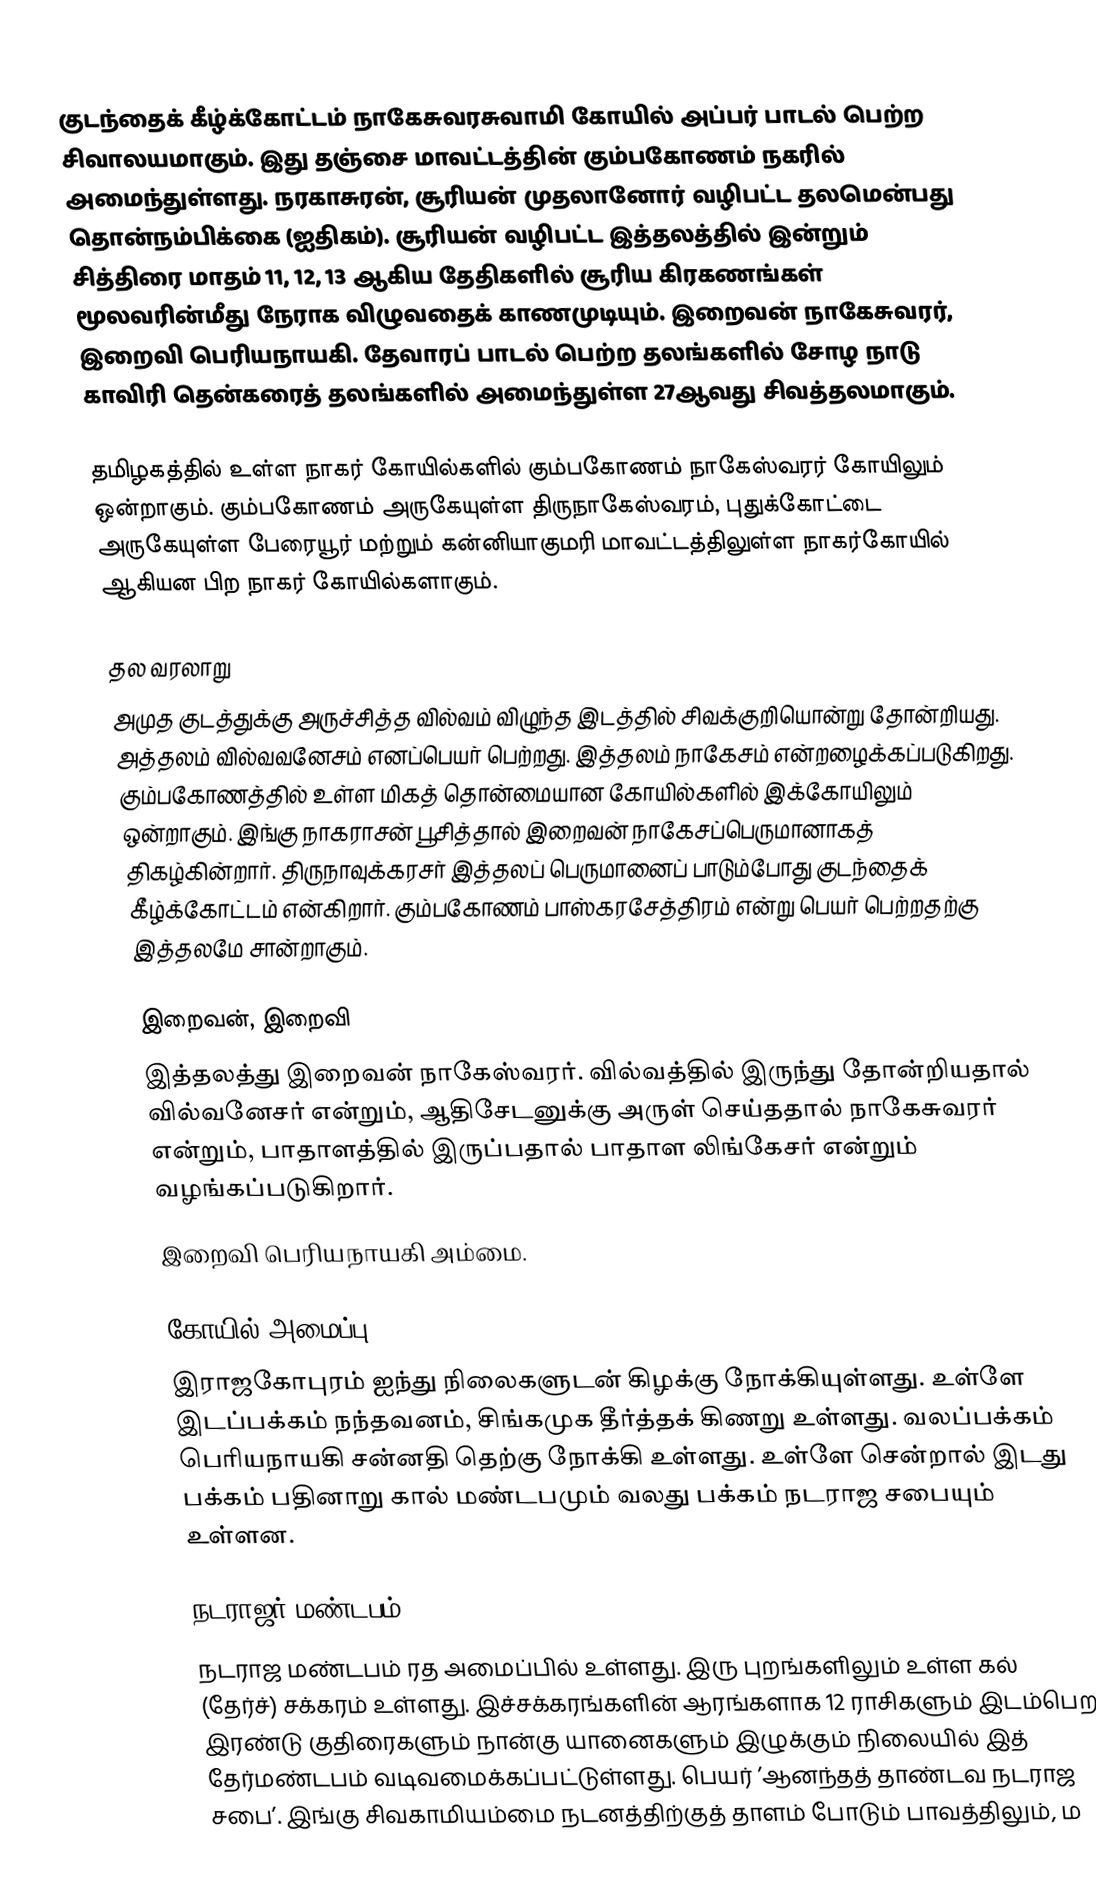
குடந்தைக் கீழ்க்கோட்டம் நாகேசுவரசுவாமி கோயில் அப்பர் பாடல் பெற்ற சிவாலயமாகும். இது தஞ்சை மாவட்டத்தின் கும்பகோணம் நகரில் அமைந்துள்ளது. நரகாசுரன், சூரியன் முதலானோர் வழிபட்ட தலமென்பது தொன்நம்பிக்கை (ஐதிகம்). சூரியன் வழிபட்ட இத்தலத்தில் இன்றும் சித்திரை மாதம் 11, 12, 13 ஆகிய தேதிகளில் சூரிய கிரகணங்கள் மூலவரின்மீது நேராக விழுவதைக் காணமுடியும். இறைவன் நாகேசுவரர், இறைவி பெரியநாயகி. தேவாரப் பாடல் பெற்ற தலங்களில் சோழ நாடு காவிரி தென்கரைத் தலங்களில்  அமைந்துள்ள 27ஆவது சிவத்தலமாகும்.

தமிழகத்தில் உள்ள நாகர் கோயில்களில் கும்பகோணம் நாகேஸ்வரர் கோயிலும் ஒன்றாகும். கும்பகோணம் அருகேயுள்ள திருநாகேஸ்வரம், புதுக்கோட்டை அருகேயுள்ள பேரையூர் மற்றும் கன்னியாகுமரி மாவட்டத்திலுள்ள நாகர்கோயில் ஆகியன பிற நாகர் கோயில்களாகும்.

தல வரலாறு
அமுத குடத்துக்கு அருச்சித்த வில்வம் விழுந்த இடத்தில் சிவக்குறியொன்று தோன்றியது. அத்தலம் வில்வவனேசம் எனப்பெயர் பெற்றது. இத்தலம் நாகேசம் என்றழைக்கப்படுகிறது. கும்பகோணத்தில் உள்ள மிகத் தொன்மையான கோயில்களில் இக்கோயிலும் ஒன்றாகும். இங்கு நாகராசன் பூசித்தால் இறைவன் நாகேசப்பெருமானாகத் திகழ்கின்றார். திருநாவுக்கரசர் இத்தலப் பெருமானைப் பாடும்போது குடந்தைக் கீழ்க்கோட்டம் என்கிறார். கும்பகோணம் பாஸ்கரசேத்திரம் என்று பெயர் பெற்றதற்கு இத்தலமே சான்றாகும்.

இறைவன், இறைவி
இத்தலத்து இறைவன் நாகேஸ்வரர். வில்வத்தில் இருந்து தோன்றியதால் வில்வனேசர் என்றும், ஆதிசேடனுக்கு அருள் செய்ததால் நாகேசுவரர் என்றும், பாதாளத்தில் இருப்பதால் பாதாள லிங்கேசர் என்றும் வழங்கப்படுகிறார்.
இறைவி பெரியநாயகி அம்மை.

கோயில் அமைப்பு
இராஜகோபுரம் ஐந்து நிலைகளுடன் கிழக்கு நோக்கியுள்ளது. உள்ளே இடப்பக்கம் நந்தவனம், சிங்கமுக தீர்த்தக் கிணறு உள்ளது. வலப்பக்கம் பெரியநாயகி சன்னதி தெற்கு நோக்கி உள்ளது. உள்ளே சென்றால் இடது பக்கம் பதினாறு கால் மண்டபமும் வலது பக்கம் நடராஜ சபையும் உள்ளன.

நடராஜர் மண்டபம்
நடராஜ மண்டபம் ரத அமைப்பில் உள்ளது. இரு புறங்களிலும் உள்ள கல் (தேர்ச்) சக்கரம் உள்ளது. இச்சக்கரங்களின் ஆரங்களாக 12 ராசிகளும் இடம்பெற இரண்டு குதிரைகளும் நான்கு யானைகளும் இழுக்கும் நிலையில் இத் தேர்மண்டபம் வடிவமைக்கப்பட்டுள்ளது. பெயர் ’ஆனந்தத் தாண்டவ நடராஜ சபை’. இங்கு சிவகாமியம்மை நடனத்திற்குத் தாளம் போடும் பாவத்திலும், ம